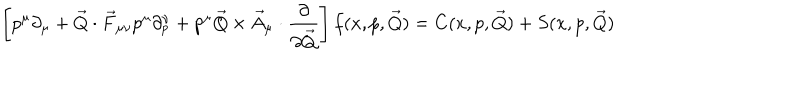
\left[ p ^ { \mu } \partial _ { \mu } + \vec { Q } \cdot \vec { F } _ { \mu \nu } p ^ { \mu } \partial _ { p } ^ { \nu } + p ^ { \mu } \vec { Q } \times \vec { A } _ { \mu } \cdot { \frac { \partial } { \partial \vec { Q } } } \right] f ( x , p , \vec { Q } ) = C ( x , p , \vec { Q } ) + S ( x , p , \vec { Q } )